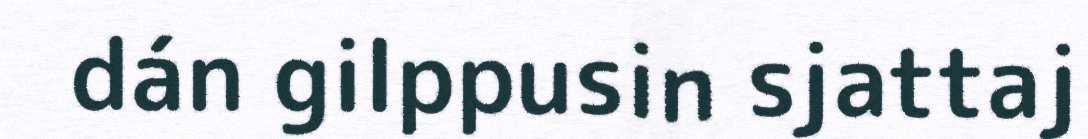
dán gilppusin sjattaj